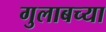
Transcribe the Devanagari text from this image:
गुलाबच्या